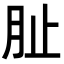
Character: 𭨪